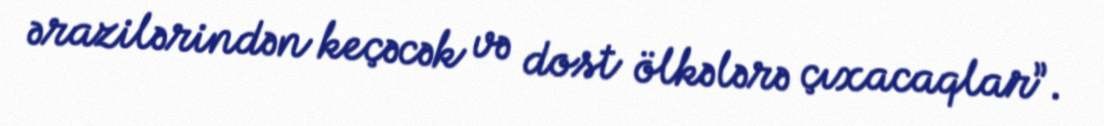
ərazilərindən keçəcək və dost ölkələrə çıxacaqlar”.